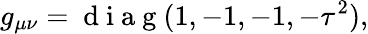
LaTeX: g_{\mu\nu}=\mathrm{~d~i~a~g~}(1,-1,-1,-\tau^{2}),